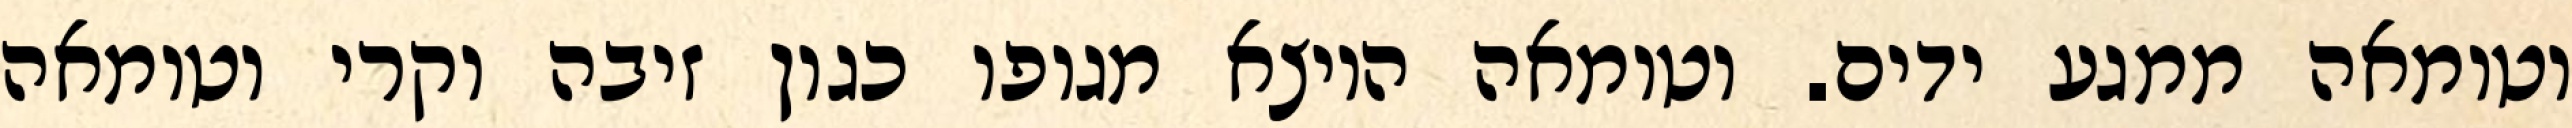
וטומאה ממגע ידים. וטומאה היוצא מגופו כגון זיבה וקרי וטומאה